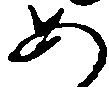
あ